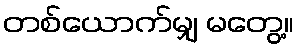
တစ်ယောက်မျှ မတွေ့။